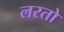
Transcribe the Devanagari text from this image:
लरतो